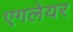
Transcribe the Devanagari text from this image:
एगलेयर